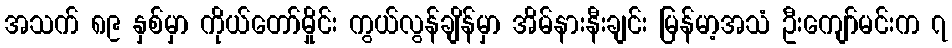
အသက် ၈၉ နှစ်မှာ ကိုယ်တော်မှိုင်း ကွယ်လွန်ချိန်မှာ အိမ်နားနီးချင်း မြန်မာ့အသံ ဦးကျော်မင်းက ၇